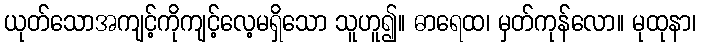
ယုတ်သောအကျင့်ကိုကျင့်လေ့မရှိသော သူဟူ၍။ ဓာရေထ၊ မှတ်ကုန်လော။ မုထုနာ၊